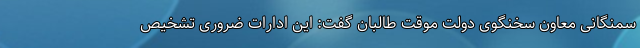
سمنگانی معاون سخنگوی دولت موقت طالبان گفت: این ادارات ضروری تشخیص